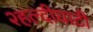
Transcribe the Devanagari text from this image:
२हल्दीघाटी